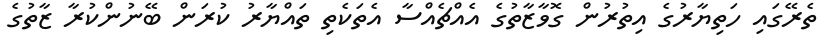
ތެރޭގައި ހަތިޔާރުގެ އިތުރުން ގޮވާޒާތުގެ އެއްޗެއްސާ އެތަކެތި ތައްޔާރު ކުރަން ބޭނުންކުރާ ޒާތުގެ